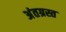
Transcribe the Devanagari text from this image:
अंतग्रस्त